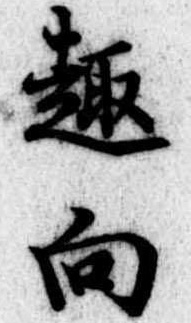
趣向